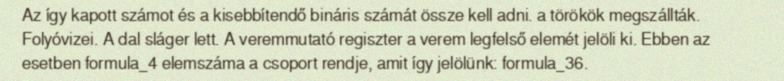
Az így kapott számot és a kisebbítendő bináris számát össze kell adni. a törökök megszállták. Folyóvizei. A dal sláger lett. A veremmutató regiszter a verem legfelső elemét jelöli ki. Ebben az esetben formula_4 elemszáma a csoport rendje, amit így jelölünk: formula_36.